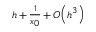
\scriptstyle h \, + \, { \frac { 1 } { x _ { 0 } } } \, + \, O \left( h ^ { 3 } \right)